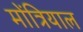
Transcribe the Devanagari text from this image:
मोंत्रियाल